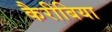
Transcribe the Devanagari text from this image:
कैरीबिया